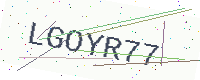
Text: LGOYR77